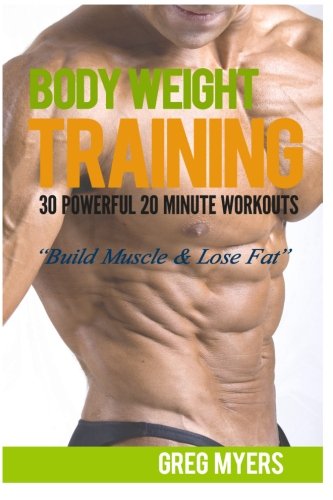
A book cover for Bodyweight Training: 30 Powerful 20 Minute Workouts: Build Muscle & Lose Fat; Greg Myers; Health, Fitness & Dieting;